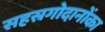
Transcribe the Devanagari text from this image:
सहस्रगोदानोंका